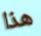
هذا